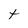
Character: t